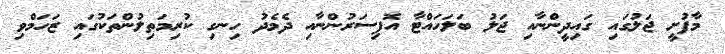
މާފުށީ ޖަލުގައި ގައިދީންނާއި ޖަލު ބަލަހައްޓާ އޮފިސަރުންނާއި ދެމެދު ހިނގި ކުރިމަތިލުންތަކުގައި ޒަހަމްވި